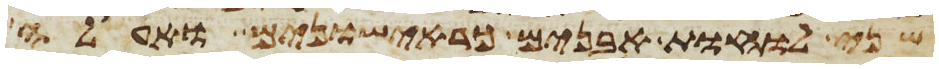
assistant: שני לוחת אבנים כראישונים ואעלה